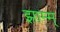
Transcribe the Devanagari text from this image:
झाम्म्